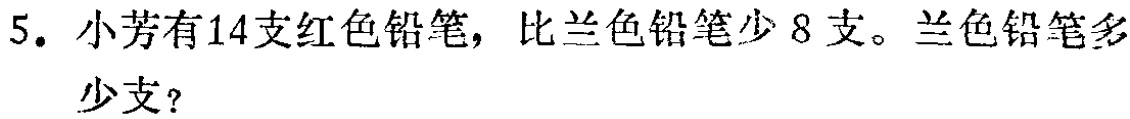
5. 小芳有14支红色铅笔，比兰色铅笔少8支。兰色铅笔多少支？